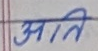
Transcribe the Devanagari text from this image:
अति